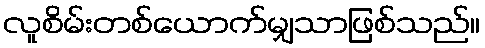
လူစိမ်းတစ်ယောက်မျှသာဖြစ်သည်။